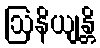
ဩနိယျန္တိ